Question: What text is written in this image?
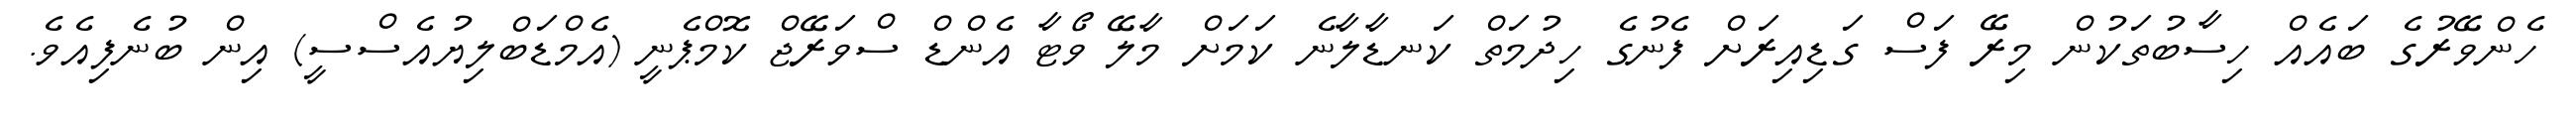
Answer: ހެންވޭރުގެ ބައެއް ހިސާބުތަކުން މިރޭ ފަސް ގަޑިއިރަށް ފެނުގެ ހިދުމަތް ކަނޑާލާނެ ކަމަށް މާލޭ ވޯޓާ އެންޑް ސްވަރޭޖް ކޮމްޕެނީ (އެމްޑަބްލިޔުއެސްސީ) އިން ބުނެފިއެވެ.